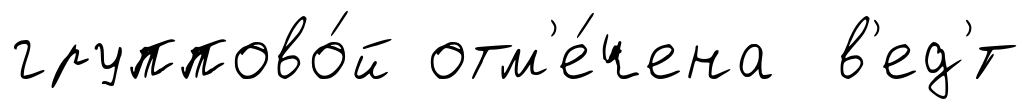
группово́й отм'е́чена в'ед'́т